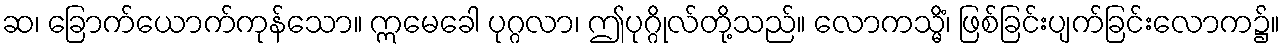
ဆ၊ ခြောက်ယောက်ကုန်သော။ ဣမေခေါ ပုဂ္ဂလာ၊ ဤပုဂ္ဂိုလ်တို့သည်။ လောကသ္မိံ၊ ဖြစ်ခြင်းပျက်ခြင်းလောက၌။